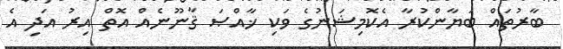
ބާރުތައް ބަޔާންކުރާ އެކޮމިޝަނުގެ ވަކި ޚާއްޞަ ޤާނޫނެއް އޮތް އިރު އަދި އެ